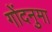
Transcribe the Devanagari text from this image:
गोंदनुमा